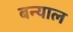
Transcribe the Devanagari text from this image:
बन्‍याल